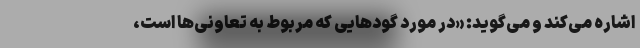
اشاره می‌کند و می‌گوید: «در مورد گودهایی که مربوط به تعاونی‌ها است،